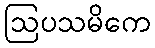
ဩပသမိကေ